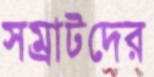
সম্রাটদের